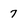
Character: 7